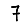
Digit: 7